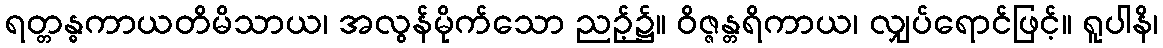
ရတ္တန္ဓကာယတိမိသာယ၊ အလွန်မိုက်သော ညဉ့်၌။ ဝိဇ္ဇန္တရိကာယ၊ လျှပ်ရောင်ဖြင့်။ ရူပါနိ၊